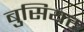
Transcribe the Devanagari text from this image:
बुसियर